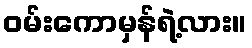
ဝမ်းကောမှန်ရဲ့လား။